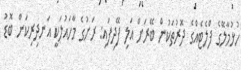
ހުޅުމާލޭގެ ފްލެޓެއްގެ ދޮރުތަކުން ބޭރަށް އަލި ފޭދިފައި: ރަށުގެ މާހައުލަކީ އަނދިރިކަން ބޮޑު